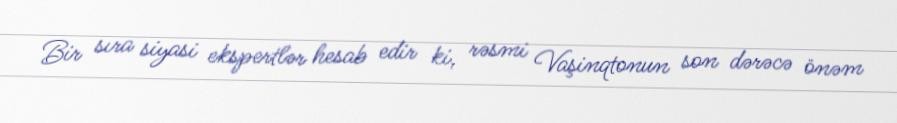
Bir sıra siyasi ekspertlər hesab edir ki, rəsmi Vaşinqtonun son dərəcə önəm